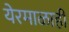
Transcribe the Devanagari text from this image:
येरमाळाही